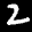
Label: 2